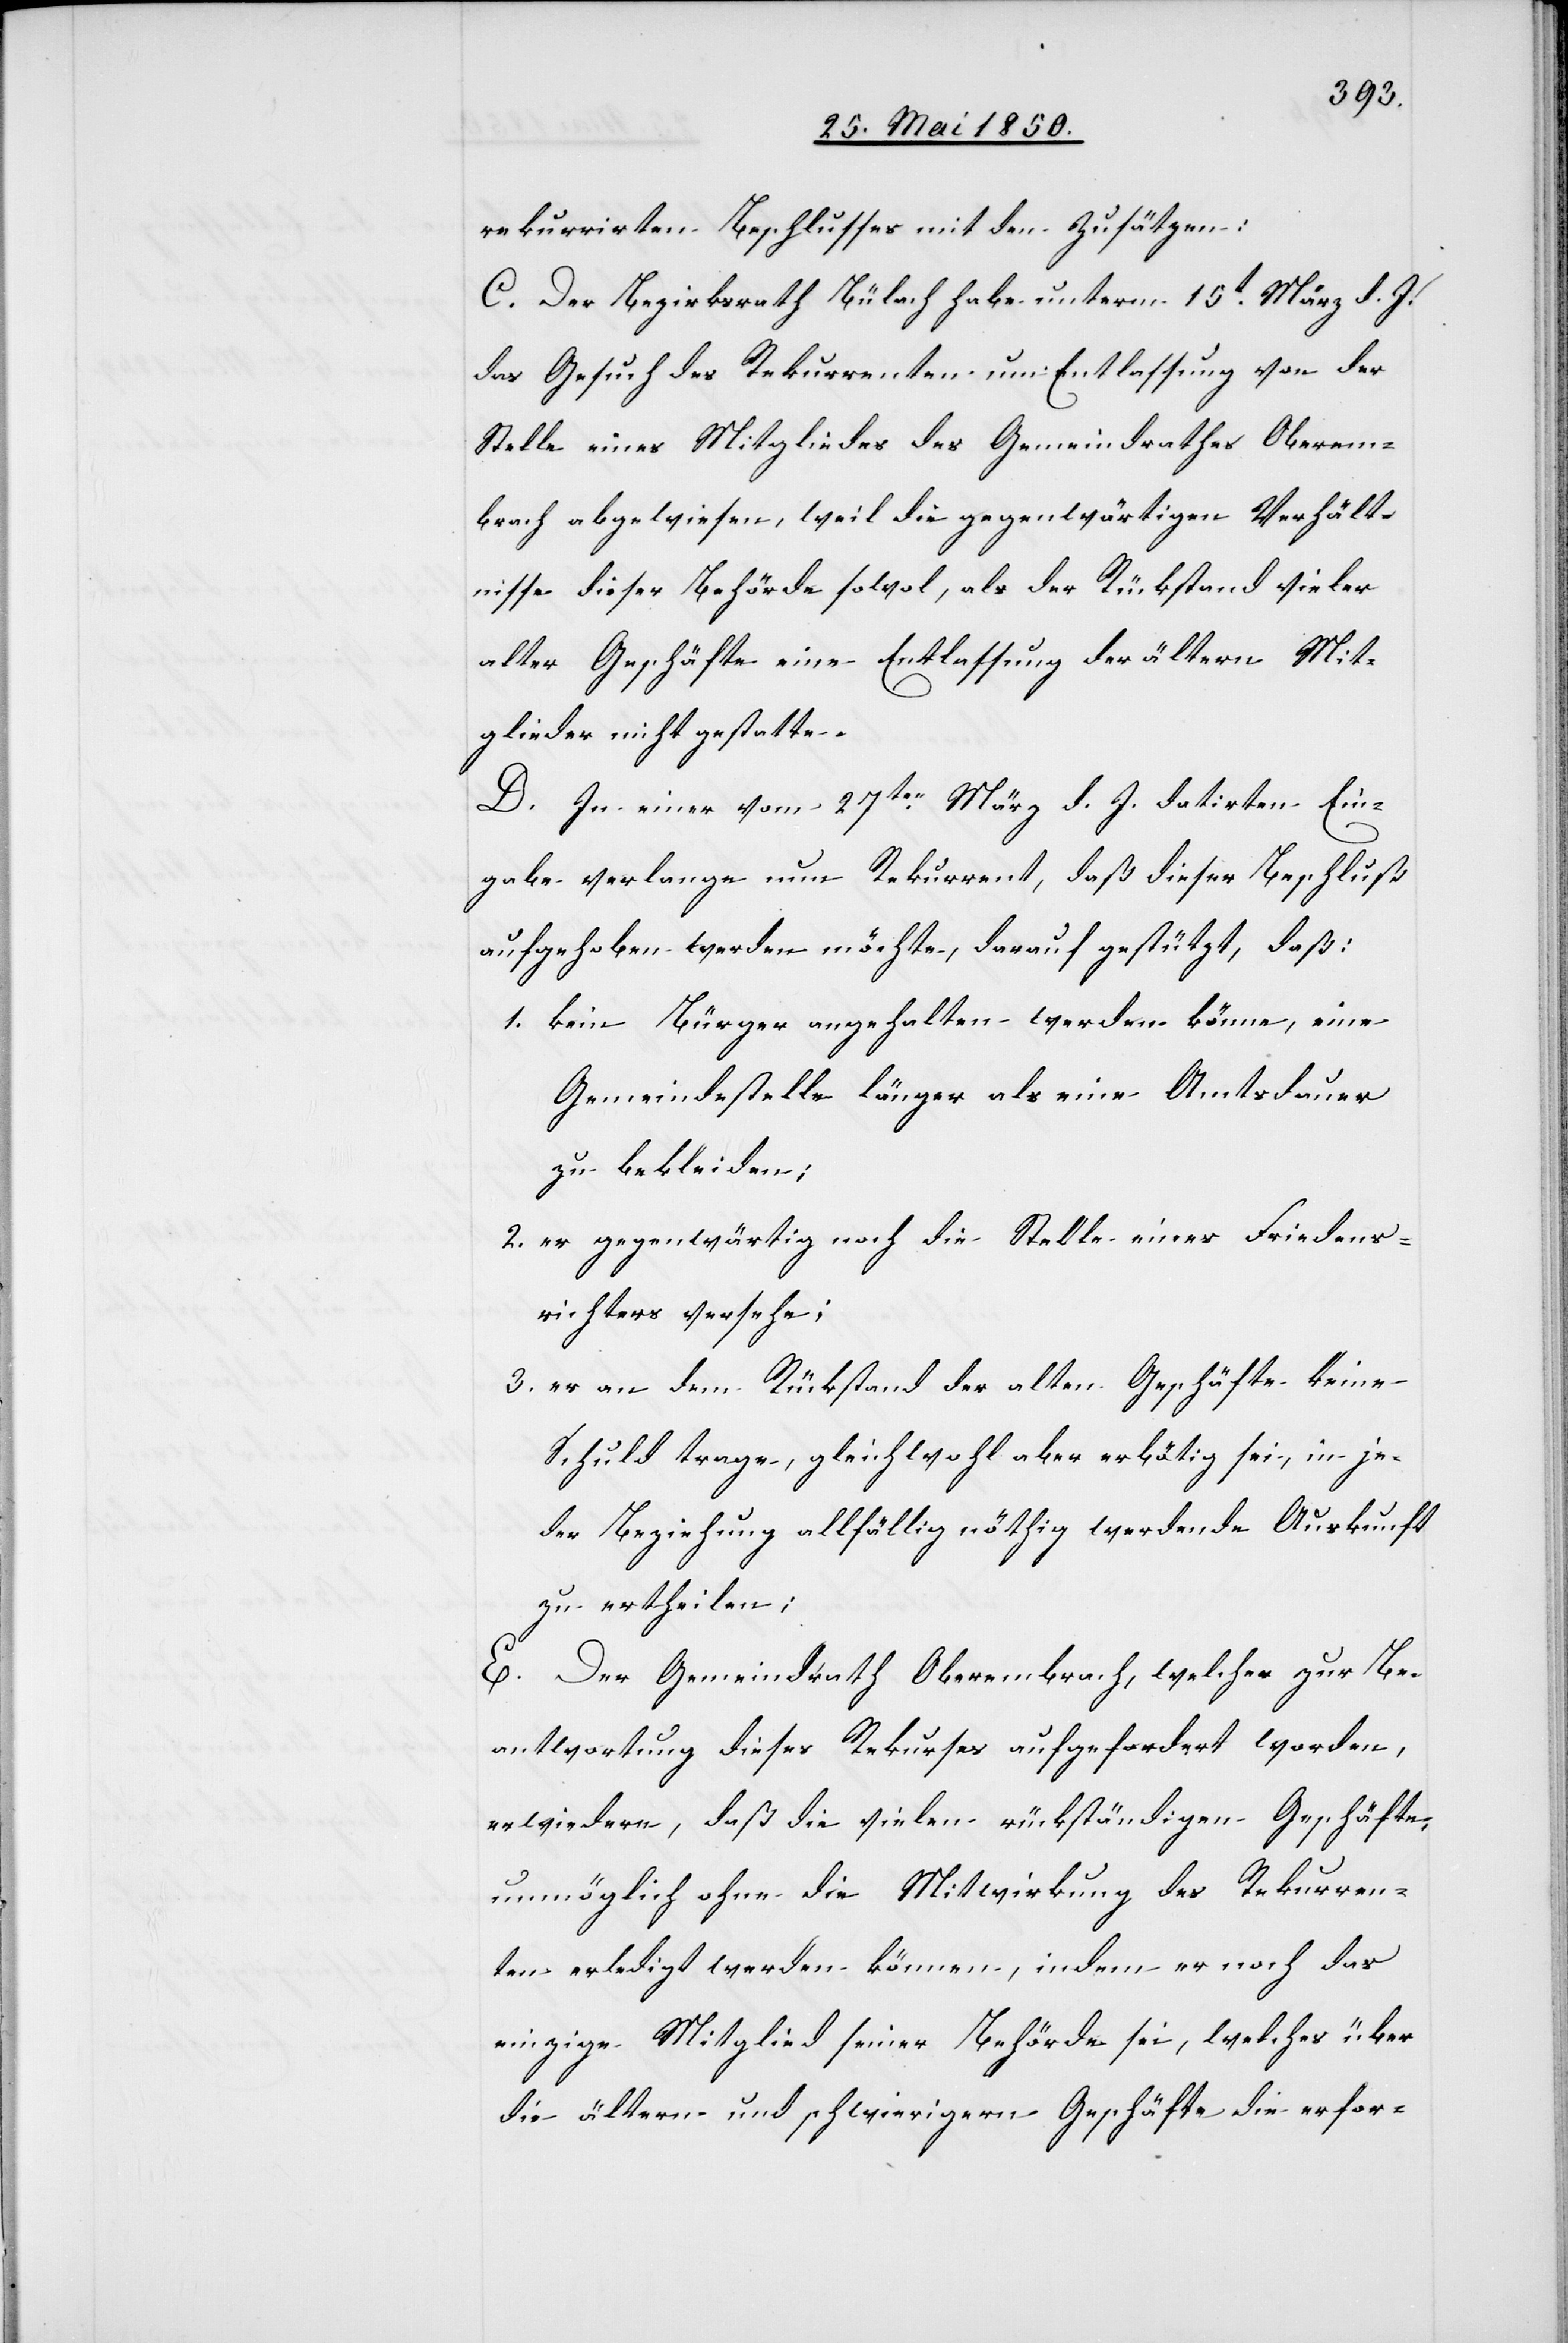
rekurrirten Beschlusses mit den Zusätzen:
C. Der Bezirksrath Bülach habe unterm 15t März d. J.
das Gesuch des Rekurrenten um Entlassung von der
Stelle eines Mitgliedes des Gemeindrathes Oberem¬
brach abgewiesen, weil die gegenwärtigen Verhält¬
nisse dieser Behörde sowol, als der Rückstand vieler
alter Geschäfte eine Entlassung der ältern Mit¬
glieder nicht gestatte.
D. In einer vom 27ten März d. J. datirten Ein¬
gabe verlange nun Rekurrent, daß dieser Beschluß
aufgehoben werden möchte, darauf gestützt, daß:
1. kein Bürger angehalten werden könne, eine
Gemeindestelle länger als eine Amtsdauer
zu bekleiden;
2. er gegenwärtig noch die Stelle eines Friedens¬
richters versehe;
3. er an dem Rückstand der alten Geschäfte keine
Schuld trage, gleichwohl aber erbötig sei, in je¬
der Beziehung allfällig nöthig werdende Auskunft
zu ertheilen;
E. Der Gemeindrath Oberembrach, welcher zur Be¬
antwortung dieses Rekurses aufgefordert worden,
erwiedere, daß die vielen rückständigen Geschäfte,
unmöglich ohne die Mitwirkung des Rekurren¬
ten erledigt werden können, indem er noch das
einzige Mitglied seiner Behörde sei, welches über
die ältern und schwierigern Geschäfte die erfor-